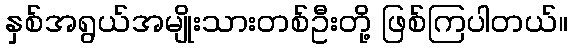
နှစ်အရွယ်အမျိုးသားတစ်ဦးတို့ ဖြစ်ကြပါတယ်။